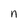
Character: n